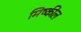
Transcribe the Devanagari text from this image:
मिष्कील